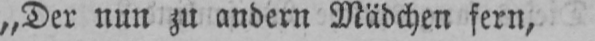
„Der nun zu andern Mädchen fern,